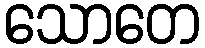
သောတေ